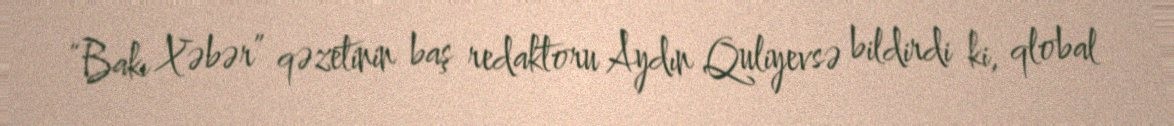
“Bakı Xəbər” qəzetinin baş redaktoru Aydın Quliyevsə bildirdi ki, qlobal